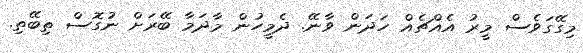
މިގޭގަވެސް މީރު އެއްޗެއް ހަދަން ވާނޭ. ދެމީހުން މާދަމާ ބޭރަށް ނުގޮސް ތިބޭތި.